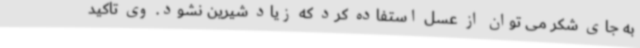
به جای شکر می توان از عسل استفاده کرد که زیاد شیرین نشود. وی تاکید